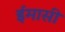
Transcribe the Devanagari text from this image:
ईमासी